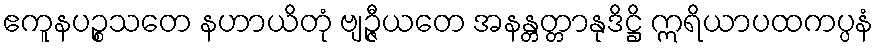
ဧကူနပဉ္စသတေ နဟာယိတုံ ဗျဉ္ဇီယတေ အနန္တတ္တာနုဒိဋ္ဌိ ဣရိယာပထကပ္ပနံ